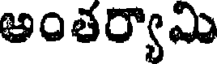
అంతర్యామి